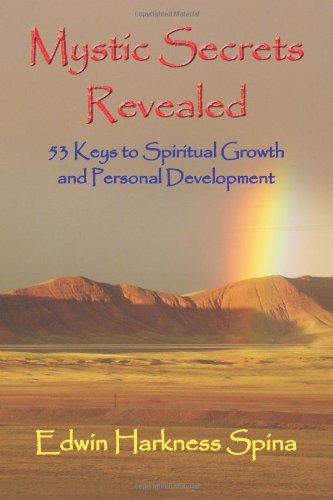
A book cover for Mystic Secrets Revealed: 53 Keys to Spiritual Growth and Personal Development; Edwin Harkness Spina; Self-Help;